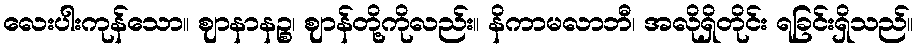
လေးပါးကုန်သော။ ဈာနာနဉ္စ၊ ဈာန်တို့ကိုလည်း။ နိကာမလာဘီ၊ အလိုရှိတိုင်း ရခြင်းရှိသည်။